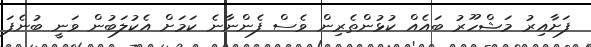
ފަށާއިރު މަޝްހޫރު ބައެއް ކުޅުންތެރިން ވެސް ފެންނާނެ ކަމަށް އެކުލަބުން ވަނީ ބުނެފަ